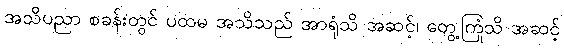
အသိပညာ စခန်းတွင် ပထမ အသိသည် အာရုံသိ အဆင့်၊ တွေ့ကြုံသိ အဆင့်